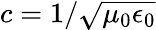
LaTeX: c=1/\sqrt{\mu_{0}\epsilon_{0}}